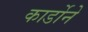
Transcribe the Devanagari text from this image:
कार्डोने